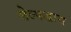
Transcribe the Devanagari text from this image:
सेल्फद्वारा